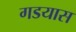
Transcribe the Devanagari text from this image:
गडयास